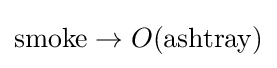
\mathrm {smoke} \to O(\mathrm {ashtray} )